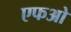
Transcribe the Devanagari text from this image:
एफओ